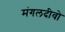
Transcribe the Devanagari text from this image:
मंगलदीवो